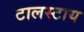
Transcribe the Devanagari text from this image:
टालस्‍टाय